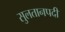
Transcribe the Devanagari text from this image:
सुलतानपदी